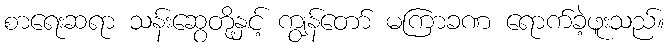
စာရေးဆရာ သန်းဆွေတို့နှင့် ကျွန်တော် မကြာခဏ ရောက်ခဲ့ဖူးသည်။